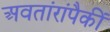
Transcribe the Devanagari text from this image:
अवतांरांपैकीं